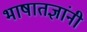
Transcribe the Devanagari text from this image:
भाषातज्ञांनी